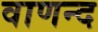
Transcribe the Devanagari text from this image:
वाणन्द